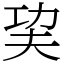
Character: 巭